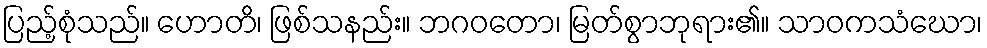
ပြည့်စုံသည်။ ဟောတိ၊ ဖြစ်သနည်း။ ဘဂဝတော၊ မြတ်စွာဘုရား၏။ သာဝကသံဃော၊